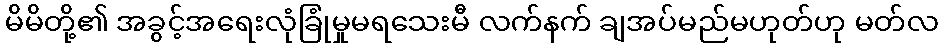
မိမိတို့၏ အခွင့်အရေးလုံခြုံမှုမရသေးမီ လက်နက် ချအပ်မည်မဟုတ်ဟု မတ်လ